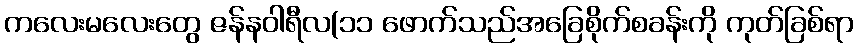
ကလေးမလေးတွေ ဇန်နဝါရီလ(၁၁ ဖောက်သည်အခြေစိုက်စခန်းကို ကုတ်ခြစ်ရာ